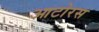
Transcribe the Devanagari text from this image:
आटोरस